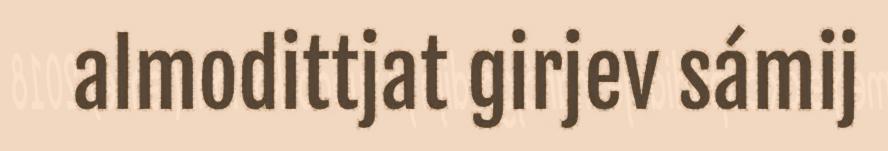
almodittjat girjev sámij